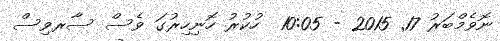
ނޮވެމްބަރު 17